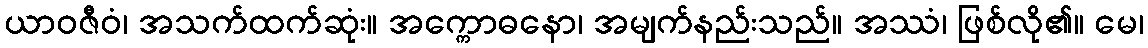
ယာဝဇီဝံ၊ အသက်ထက်ဆုံး။ အက္ကောဓနော၊ အမျက်နည်းသည်။ အဿံ၊ ဖြစ်လို၏။ မေ၊